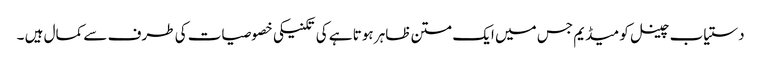
دستیاب چینل کو میڈیم جس میں ایک متن ظاہر ہوتا ہے کی تکنیکی خصوصیات کی طرف سے کمال ہیں ۔